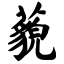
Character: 藐